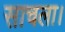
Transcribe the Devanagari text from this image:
साचला।